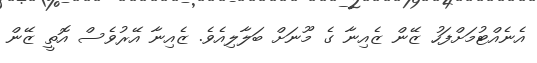
އެނެއްޓުމަށްފަހު ޒޭން ޒެއިނާ ގެ މޫނަށް ބަލާލިއެވެ. ޒެއިނާ އޭރުވެސް އޮތީ ޒޭން